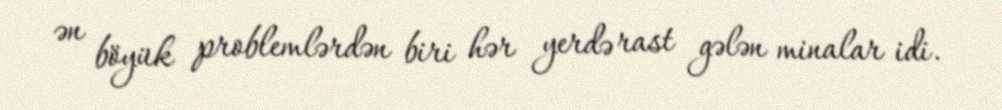
ən böyük problemlərdən biri hər yerdə rast gələn minalar idi.